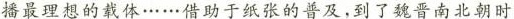
播最理想的载体······借助于纸张的普及,到了魏晋南北朝时